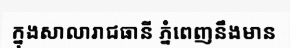
ក្នុងសាលារាជធានី ភ្នំពេញនឹងមាន